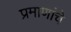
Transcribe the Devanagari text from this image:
प्रमाणांचे